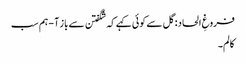
فروغِ الحاد: گل سے کوئی کہے کہ شگفتن سے باز آ - ہم سب
کالم۔